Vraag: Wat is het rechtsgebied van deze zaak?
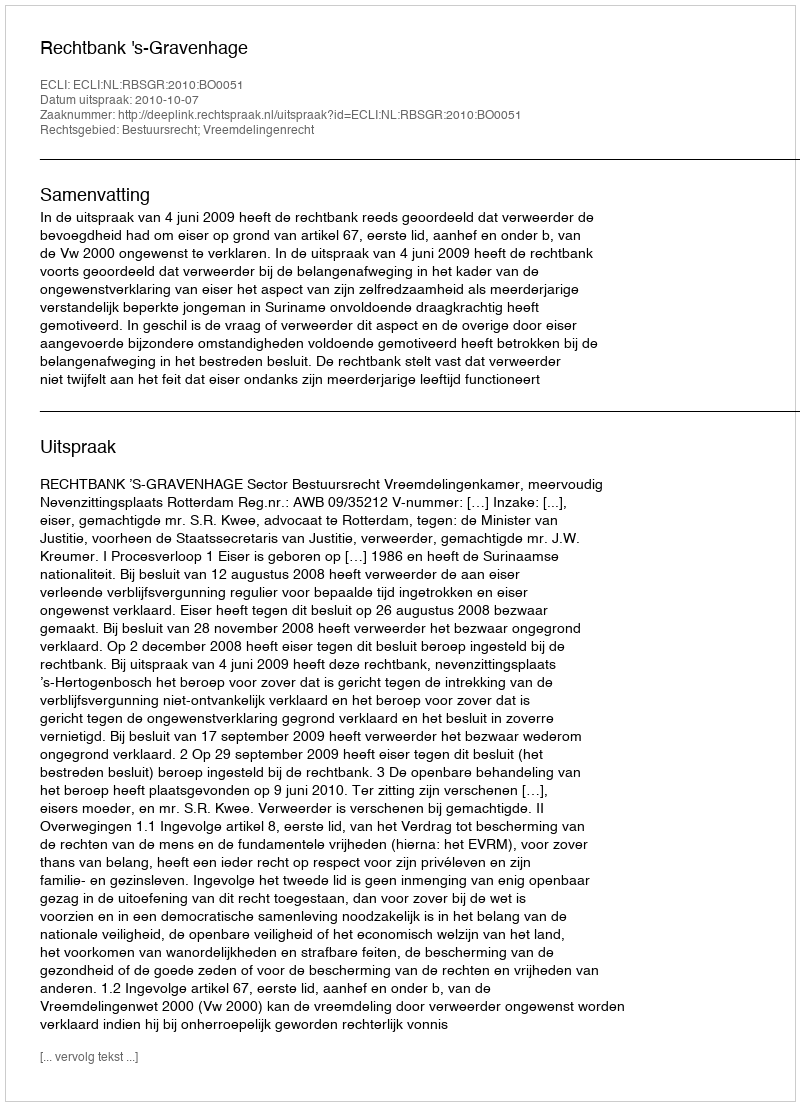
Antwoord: Bestuursrecht; Vreemdelingenrecht